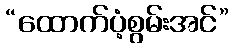
“ထောက်ပံ့စွမ်းအင်”